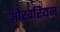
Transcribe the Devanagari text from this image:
ओरवरियन